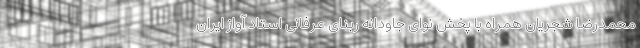
محمدرضا شجریان همراه با پخش نوای جاودانه ربنای عرفانی استاد آواز ایران